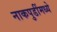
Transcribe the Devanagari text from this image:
नाकपुडींमध्ये